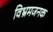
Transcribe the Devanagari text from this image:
विभ्रमजनक